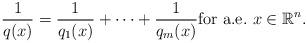
LaTeX: \begin{align*}\dfrac{1}{q(x)} = \dfrac{1}{q_{1}(x)}+\cdots + \dfrac{1}{q_{m}(x)} \mbox{for a.e.} \ x\in \mathbb{R}^{n}.\end{align*}